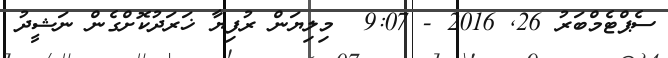
ސެޕްޓެމްބަރު 26